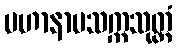
မဟာနာမသက္ကသုတ္တံ